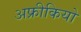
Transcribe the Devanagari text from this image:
अफ्रीकियो